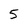
Character: 5